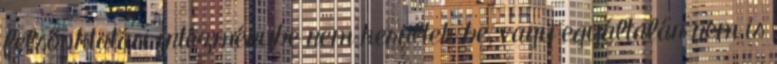
felsőoktatási intézménybe nem kerültek be, vagy egyáltalán nem is